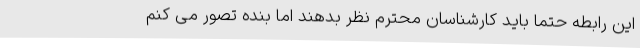
این رابطه حتماً باید کارشناسان محترم نظر بدهند اما بنده تصور می کنم